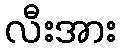
လီးအား